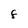
Character: F